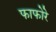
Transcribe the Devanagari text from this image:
फाफोरे